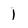
Character: 1